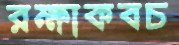
রক্ষাকবচ